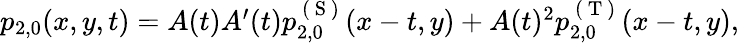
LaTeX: \begin{array}{r}{p_{2,0}(x,y,t)=A(t)A^{\prime}(t)p_{2,0}^{\mathrm{~(~S~)~}}(x-t,y)+A(t)^{2}p_{2,0}^{\mathrm{~(~T~)~}}(x-t,y),}\end{array}